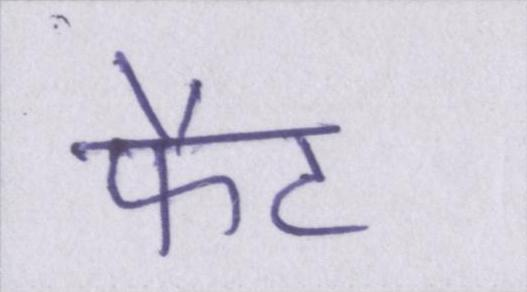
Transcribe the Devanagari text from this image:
फैट